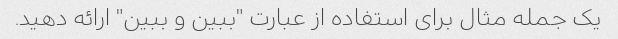
یک جمله مثال برای استفاده از عبارت "ببین و ببین" ارائه دهید.